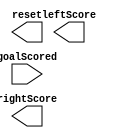
/*
*	GameScore
*	Tracks score and determines when the game ends
*
*	Input:
*	goalScored: [0] is if a goal is scored, [1] 1 is left and [0] is right
*	
*	Output:
* 	leftScore: represents the score on the left
*	rightScore: represents score on the right
*	reset: represents whether to reset(also indicative of a win)
*/
module GameScore(goalScored, leftScore, rightScore, reset);
input wire [1:0] goalScored;
output reg [3:0] leftScore;
output reg [3:0] rightScore;
//Decision about resetting after wins and each score is not final,
//may need to add win output
output reset;
//TODO: write code
endmodule